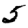
Digit: 5